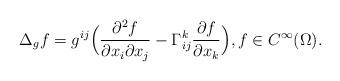
LaTeX: \begin{align*} \Delta_{g} f = g^{ij}\Bigl(\frac{\partial^2 f}{\partial x_i \partial x_j} - \Gamma^k_{ij}\frac{\partial f}{\partial x_k}\Bigr), f \in C^{\infty}(\Omega).\end{align*}